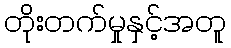
တိုးတက်မှုနှင့်အတူ